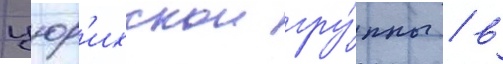
цюр'ихскои гру́ппы / в